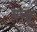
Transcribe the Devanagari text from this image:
मच्‍छू